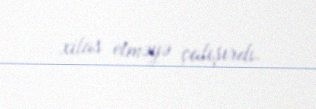
xilas etməyə çalışırdı.